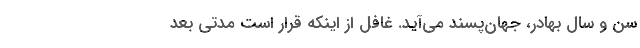
سن و سال بهادر، جهان‌‌پسند می‌آید. غافل از اینکه قرار است مدتی بعد